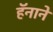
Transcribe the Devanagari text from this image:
हॅनाने